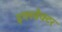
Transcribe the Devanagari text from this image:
इक्स्त्रैक्टर